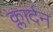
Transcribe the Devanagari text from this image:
क्लार्दन